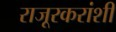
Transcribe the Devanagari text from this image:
राजूरकरांशी